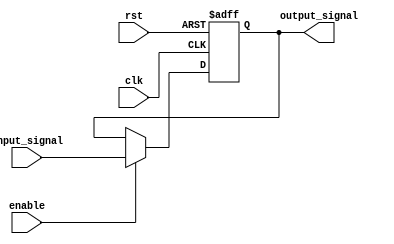
module Buffer_Delay
(
  input wire clk,                // clock input signal
  input wire rst,                // reset input signal
  input wire enable,             // enable control signal
  input wire [7:0] input_signal, // input signal to be delayed
  output reg [7:0] output_signal // delayed output signal
);

// Internal delays and synchronization logic
always @(posedge clk or posedge rst)
begin
  if (rst)
    output_signal <= 8'b0;
  else if (enable)
    output_signal <= #10 input_signal; // configurable delay length
end

endmodule